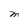
Character: M